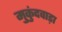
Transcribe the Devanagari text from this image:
मुकुंदवाड़ा